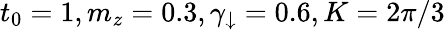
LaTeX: t_{0}=1,m_{z}=0.3,\gamma_{\downarrow}=0.6,K=2\pi/3